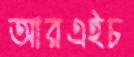
আরএইচ